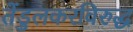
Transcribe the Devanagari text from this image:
तेंडुलकरविरुद्ध